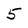
Character: 5